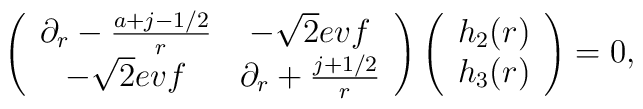
\left( \begin{array}{cc}\partial_r-{a+j-1/2\over r} & -\sqrt{2}ev f  \\-\sqrt{2}evf &\partial_r+{j+1/2\over r}\end{array} \right)\left( \begin{array}{c}h_2(r)\\  h_3(r)  \end{array} \right) = 0,